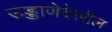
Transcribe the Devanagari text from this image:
उड्डाणेदेखील